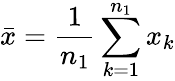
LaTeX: \bar{x}=\frac{1}{n_{1}}\sum_{k=1}^{n_{1}}x_{k}